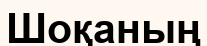
Шоқаның